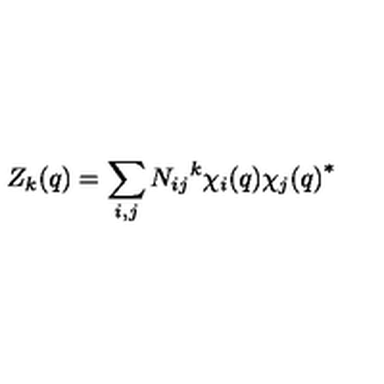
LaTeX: Z _ { k } ( q ) = \sum _ { i , j } N _ { i j } { } ^ { k } \chi _ { i } ( q ) { \chi _ { j } ( q ) } ^ { * }